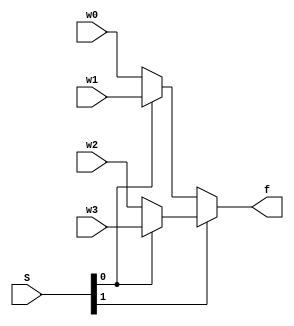
module mux4to1_con (w0, w1, w2, w3, S, f);
    input w0, w1, w2, w3;
    input [1:0] S;
    output f;

    assign f = S[1] ? (S[0] ? w3 : w2) : (S[0] ? w1 : w0);

endmodule